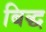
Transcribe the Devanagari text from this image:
बिद्ध